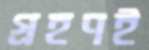
গ্রহণই